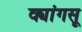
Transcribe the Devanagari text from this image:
क्यांगसू